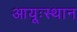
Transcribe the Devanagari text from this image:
आयूःस्थान